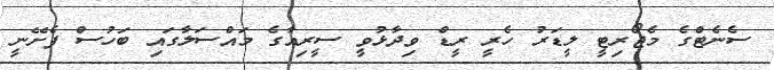
ސެނެޓްގެ މެޖޯރިޓީ ލީޑަރު ހެރީ ރީޑް ވިދާޅުވީ ސީރިއާގެ މައްސަލާގައި ބަހުސް ފެށޭނީ